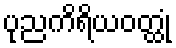
ပုညကိရိယဝတ္ထုံ